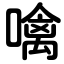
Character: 噙